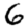
Digit: 6